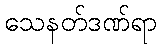
သေနတ်ဒဏ်ရာ